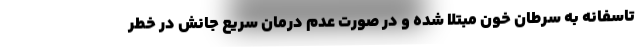
تاسفانه به سرطان خون مبتلا شده و در صورت عدم درمان سریع جانش در خطر